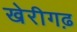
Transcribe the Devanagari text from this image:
खेरीगढ़